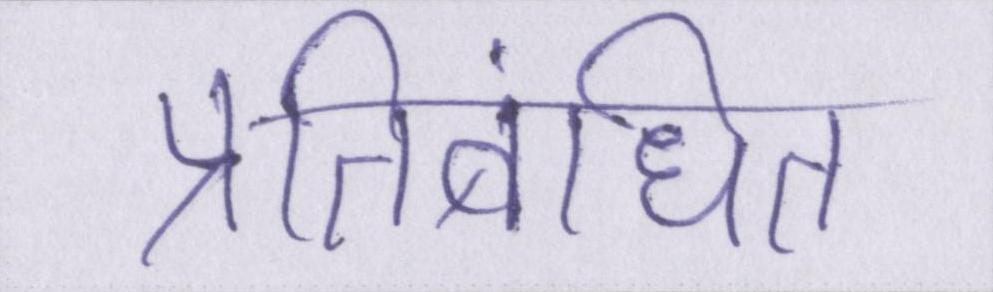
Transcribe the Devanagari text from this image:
प्रतिबंधित